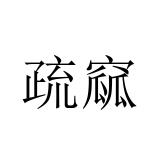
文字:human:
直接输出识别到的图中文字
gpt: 疏窳